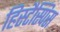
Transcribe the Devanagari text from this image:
हिस्टैस्पिस